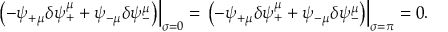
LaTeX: \left. \left( - \psi _ { + \mu } \delta \psi _ { + } ^ { \mu } + \psi _ { - \mu } \delta \psi _ { - } ^ { \mu } \right) \right| _ { \sigma = 0 } = \left. \left( - \psi _ { + \mu } \delta \psi _ { + } ^ { \mu } + \psi _ { - \mu } \delta \psi _ { - } ^ { \mu } \right) \right| _ { \sigma = \pi } = 0 .